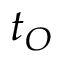
t _ { O }